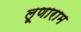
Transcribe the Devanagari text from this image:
लूणाराम